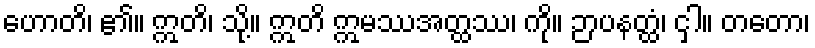
ဟောတိ၊ ၏။ ဣတိ၊ သို့။ ဣတိ ဣမဿအတ္ထဿ၊ ကို။ ဉာပနတ္ထံ၊ ငှါ။ တတော၊